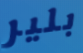
بلير